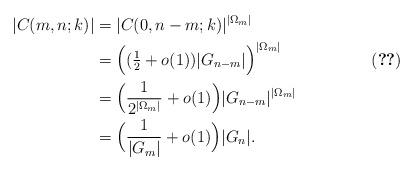
LaTeX: \begin{align*} |C(m,n;k)|&=|C(0,n-m;k)|^{|\Omega_{m}|} \\ &=\Bigl((\tfrac12 + o(1))|G_{n-m}|\Bigr)^{|\Omega_{m}|} && (\ref{eqn:BaseCardinality})\\ &= \Bigl(\frac{1}{2^{|\Omega_{m}|}}+o(1)\Bigr)|G_{n-m}|^{|\Omega_{m}|}\\ &= \Bigl(\frac{1}{|G_{m}|}+o(1)\Bigr)|G_{n}|. \end{align*}